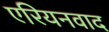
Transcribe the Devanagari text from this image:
एरियनवाद